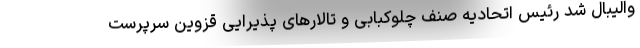
والیبال شد رئیس اتحادیه صنف چلوکبابی و تالارهای پذیرایی قزوین سرپرست